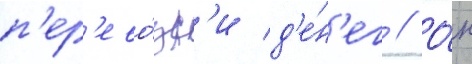
п'ер'ево́зк'и д'е́н'ег // О́н